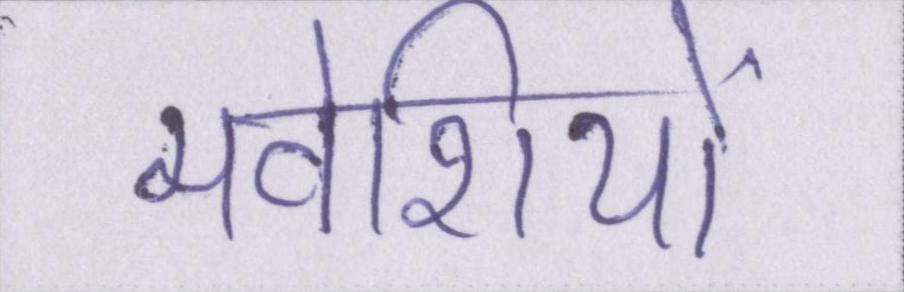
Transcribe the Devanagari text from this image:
मवेशियों